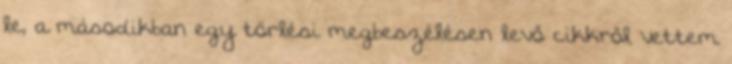
le, a másodikban egy törlési megbeszélésen levő cikkről vettem